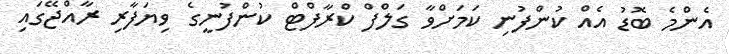
އެންމެ ބޮޑު އެއް ކުންފުނި ކަމަށްވާ ގަލްފް ކްރާފްޓް ކުންފުނީގެ ވިޔަފާރި ރާއްޖޭގައި